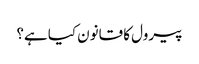
پیرول کا قانون کیا ہے؟